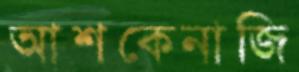
আশকেনাজি